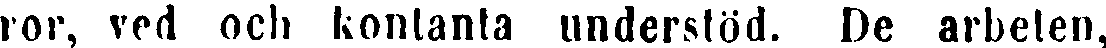
ror, ved och kontanta understöd. De arbeten,